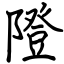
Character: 隥